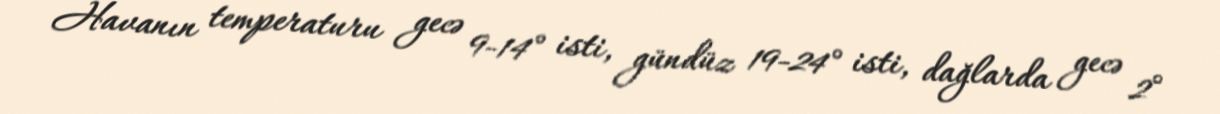
Havanın temperaturu gecə 9-14° isti, gündüz 19-24° isti, dağlarda gecə 2°